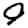
Digit: 0